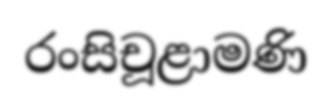
රංසිචූළාමණි